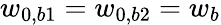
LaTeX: w_{0,b1}=w_{0,b2}=w_{b}